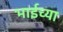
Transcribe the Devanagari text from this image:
भाईच्या